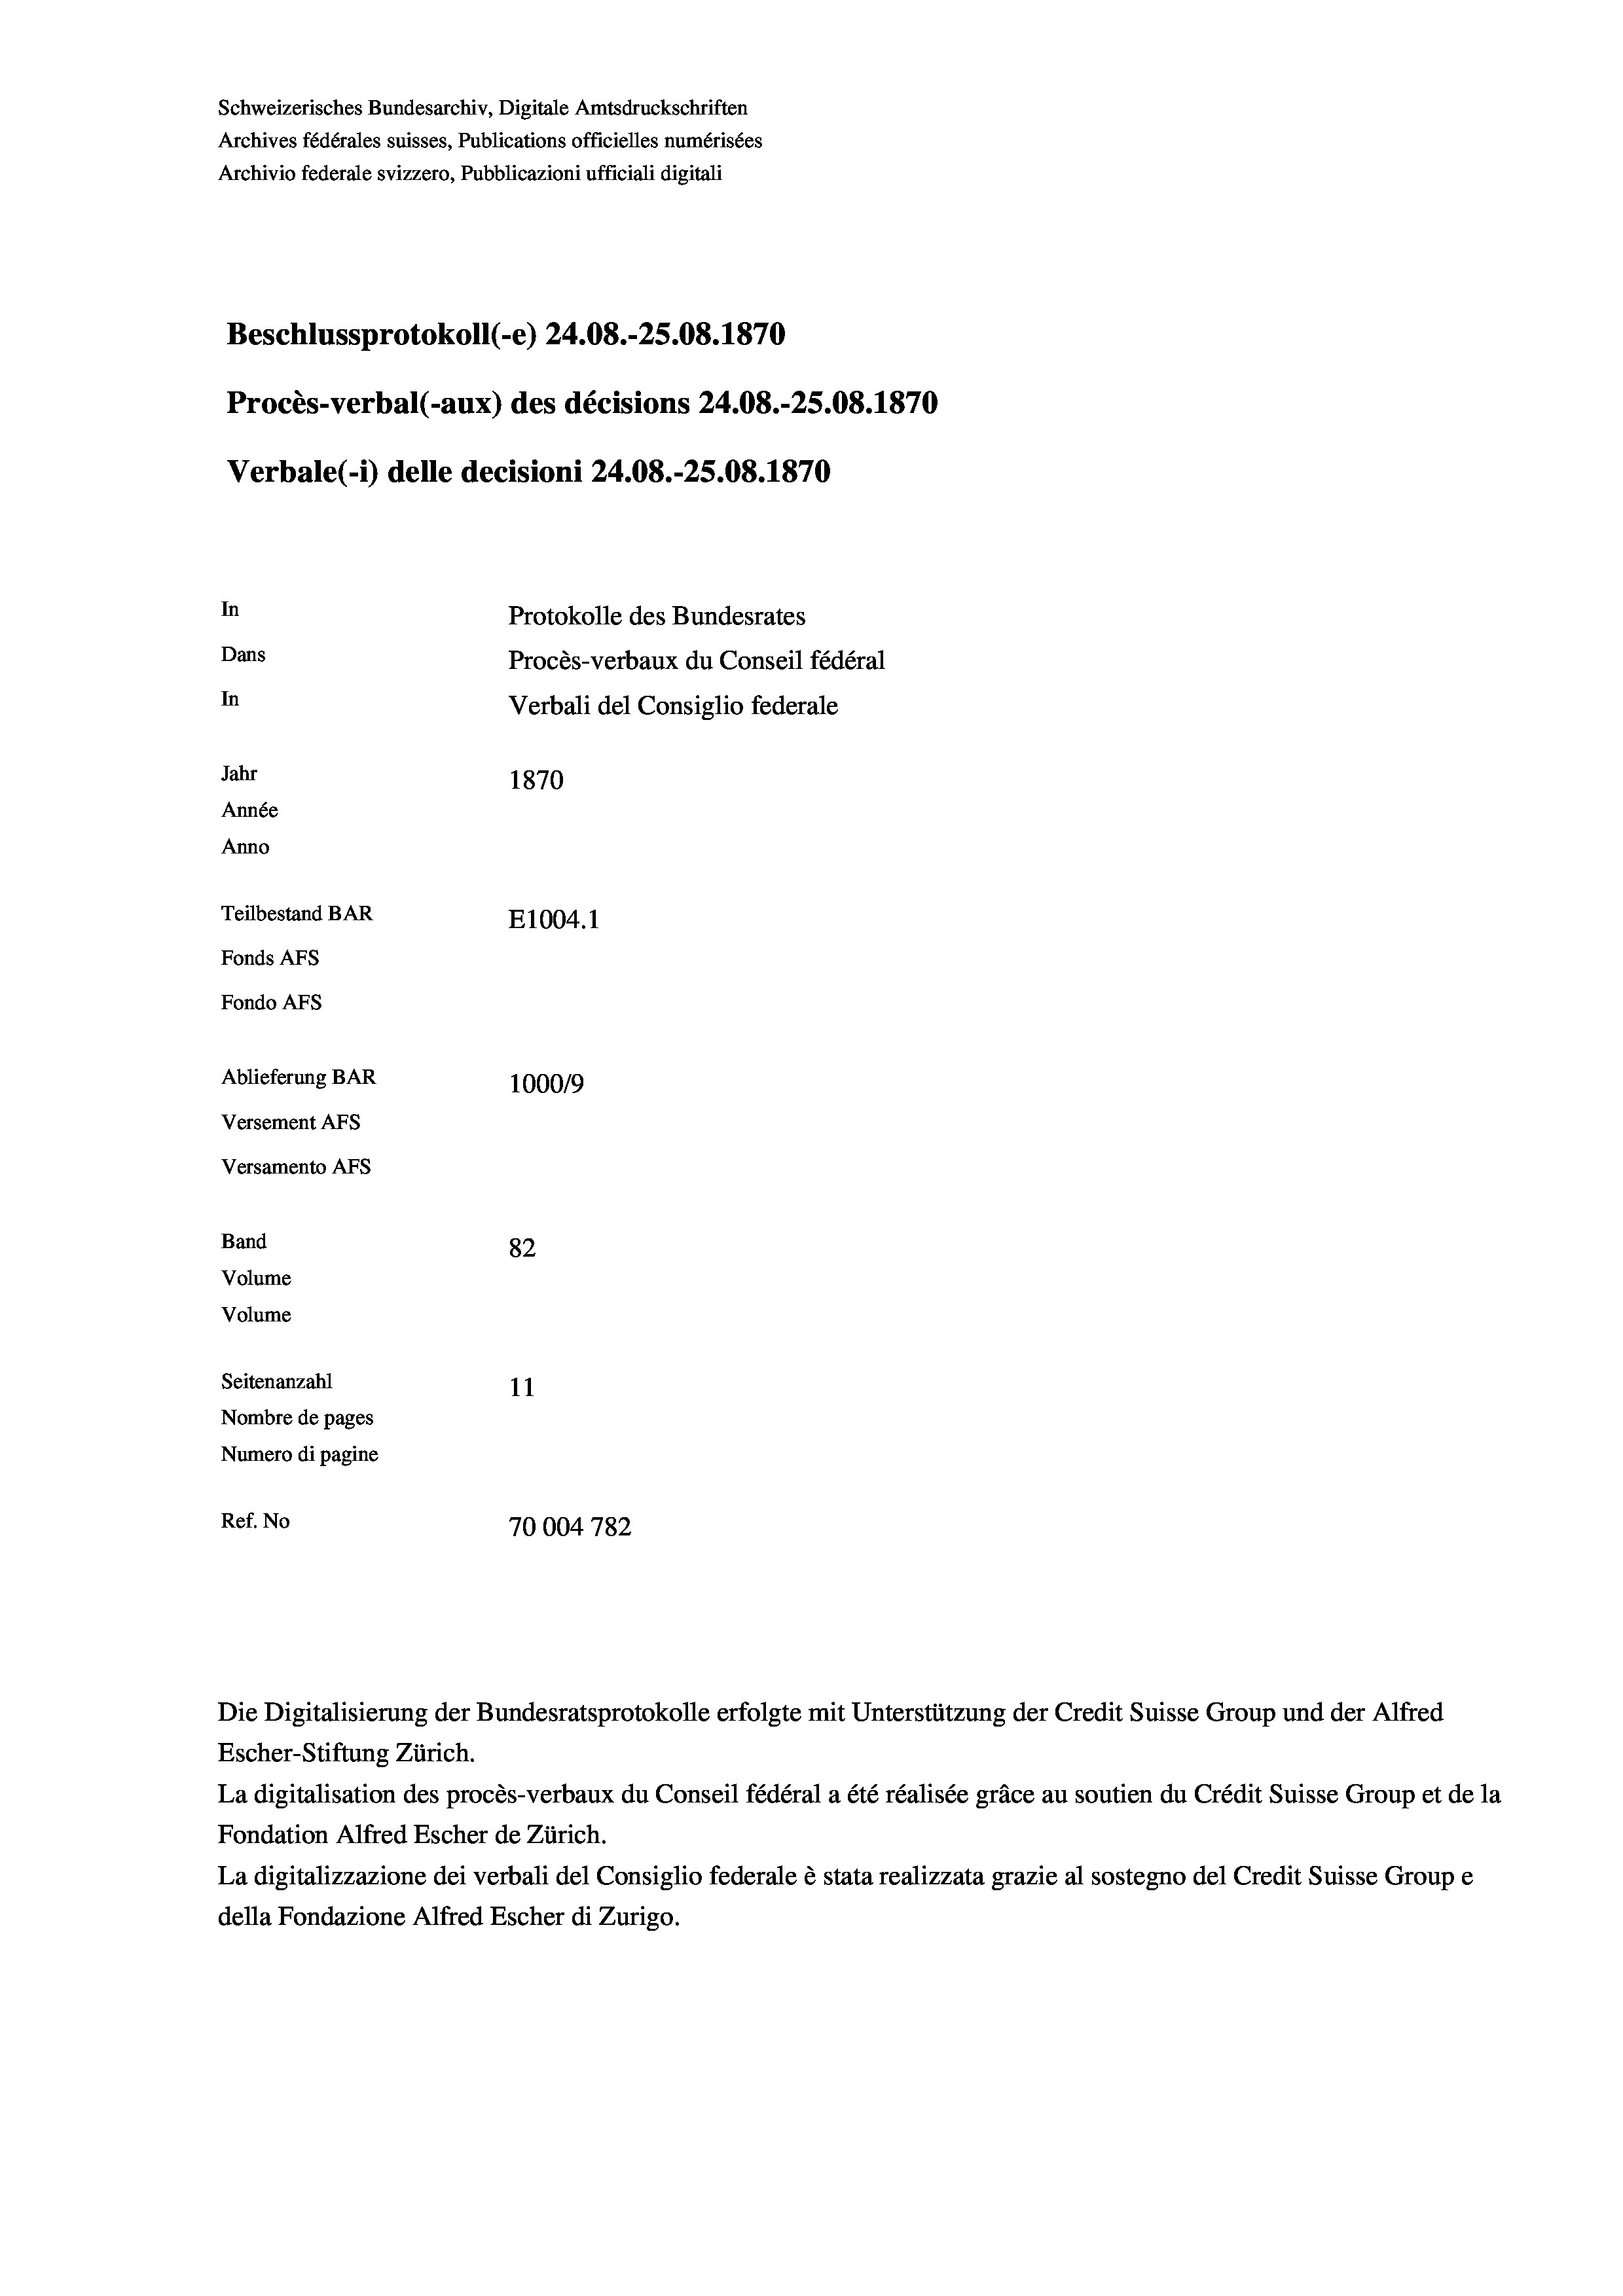
Schweizerisches Bundesarchiv, Digitale Amtsdruckschriften
Archives fédérales suisses, Publications officielles numérisées
Archivio federale svizzero, Pubblicazioni ufficiali digitali
Beschlussprotokoll (-e) 24.08.-25.08. 1870
Procès-verbal (-aux) des décisions 24.08.-25.08. 1870
Verbale (i) delle decisioni 24.08.-25.08. 1870
In
Protokolle des Bundesrates
Dans
Procès-verbaux du Conseil fédéral
In
Verbali del Consiglio federale
Jahr
1870
Année
Anno
Teilbestand BAR
E1004.1
Fonds AFs
Fondo AFS
Ablieferung BAR
100019
Versement AFs
Versamento AFs
Band
82
Volume
Volume
Seitenanzahl
11
Nombre de pages
Numero di pagine
Ref. No
70004 782

Escher-Stiftung Zürich.
La digitalisation des procès-verbaux du Conseil fédéral a été réalisée gräce au soutien du Crédit Suisse Group et de la
Fondation Alfred Escher de Zürich.
La digitalizzazione dei verbali del Consiglio federale è stata realizzata grazie al sostegno del Credit Suisse Groupe
della Fondazione Alfred Escher di Zurigo.

Die Digitalisierung der Bundesratsprotokolle erfolgte mit Unterstützung der Credit Suisse Group und der Alfred